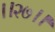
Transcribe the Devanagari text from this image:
।।२७।।